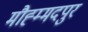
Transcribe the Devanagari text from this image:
मौह्म्मदपुर